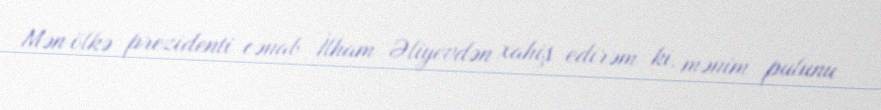
Mən ölkə prezidenti cənab İlham Əliyevdən xahiş edirəm ki, mənim pulunu